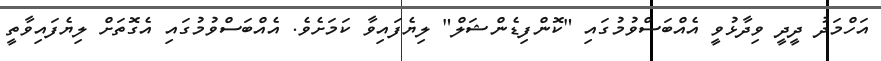
އަހްމަދު ދީދީ ވިދާޅުވީ އެއްބަސްވުމުގައި "ކޮންފިޑެންޝަލް" ލިޔެފައިވާ ކަމަށެވެ. އެއްބަސްވުމުގައި އެގޮތަށް ލިޔެފައިވާތީ